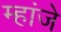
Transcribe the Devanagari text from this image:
म्हांजे